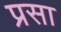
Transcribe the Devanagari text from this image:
प्रसा